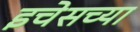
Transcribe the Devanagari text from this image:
इचेसच्या